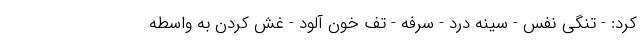
کرد: - تنگی نفس - سینه درد - سرفه - تف خون آلود - غش کردن به واسطه